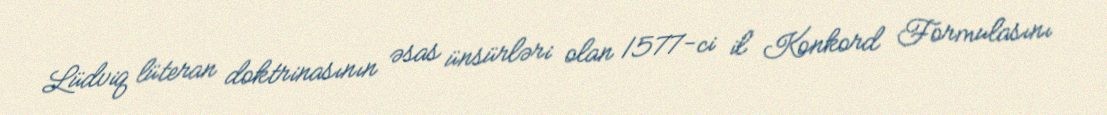
Lüdviq lüteran doktrinasının əsas ünsürləri olan 1577-ci il Konkord Formulasını